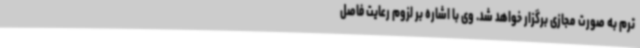
ترم به صورت مجازی برگزار خواهد شد. وی با اشاره بر لزوم رعایت فاصل